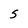
Character: s